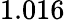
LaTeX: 1.016